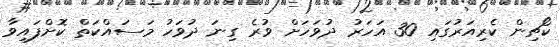
ކޯޗިން ކެރިއަރުގައި 30 އަހަރު ދުވަހަށް ވުރެ ގިނަ ދުވަހު މަސައްކަތް ކޮށްފައިވާ